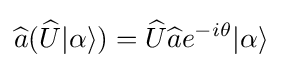
{\widehat {a}}({\widehat {U}}|\alpha \rangle )={\widehat {U}}{\widehat {a}}e^{-i\theta }|\alpha \rangle